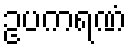
ဥပကရဏံ